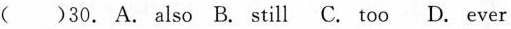
( )30. A. Also B. Still C. Too D. Ever